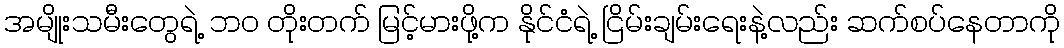
အမျိုးသမီးတွေရဲ့ ဘဝ တိုးတက် မြင့်မားဖို့က နိုင်ငံရဲ့ ငြိမ်းချမ်းရေးနဲ့လည်း ဆက်စပ်နေတာကို